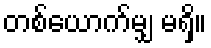
တစ်ယောက်မျှ မရှိ။